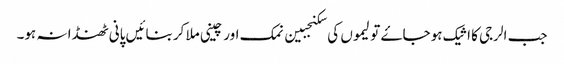
جب الرجی کا اثیک ہو جاۓ تو لیموں کی سکنجبین نمک اور چینی ملا کر بنائیں پانی ٹھنڈا نہ ہو۔